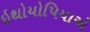
ઇથોયોપિયાએ